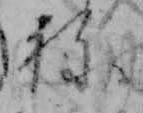
ね